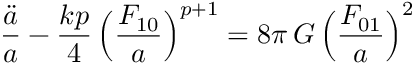
\frac { \ddot { a } } { a } - \frac { k p } { 4 } \, \Bigl ( \frac { F _ { 1 0 } } { a } \Bigr ) ^ { p + 1 } = 8 \pi \, G \, \Bigl ( \frac { F _ { 0 1 } } { a } \Bigr ) ^ { 2 }